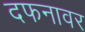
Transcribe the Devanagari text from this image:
दफनावर